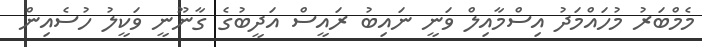
މެމްބަރު މުހައްމަދު އިސްމާއިލް ވަނީ ނައިބު ރައީސް އަދީބުގެ ގާނޫނީ ވަކީލު ހުސެއިން